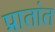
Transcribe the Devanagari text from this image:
प्रातांत